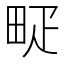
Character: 𤱐